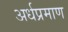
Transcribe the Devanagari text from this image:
अर्धप्रमाण